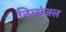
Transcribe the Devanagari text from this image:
निलांजल